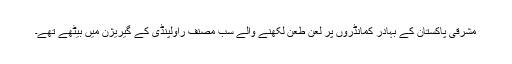
مشرقی پاکستان کے بہادر کمانڈروں پر لعن طعن لکھنے والے سب مصنف راولپنڈی کے گیریژن میں بیٹھے تھے۔